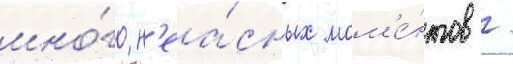
мно́го н'еа́сных мом'е́нтов /